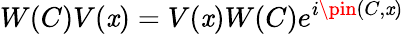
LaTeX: W(C)V(\mathit{x})=V(\mathit{x})W(C)e^{i\pin(C,\mathit{x})}